Report of the Bombay Plague Committee
Disease focus: Plague
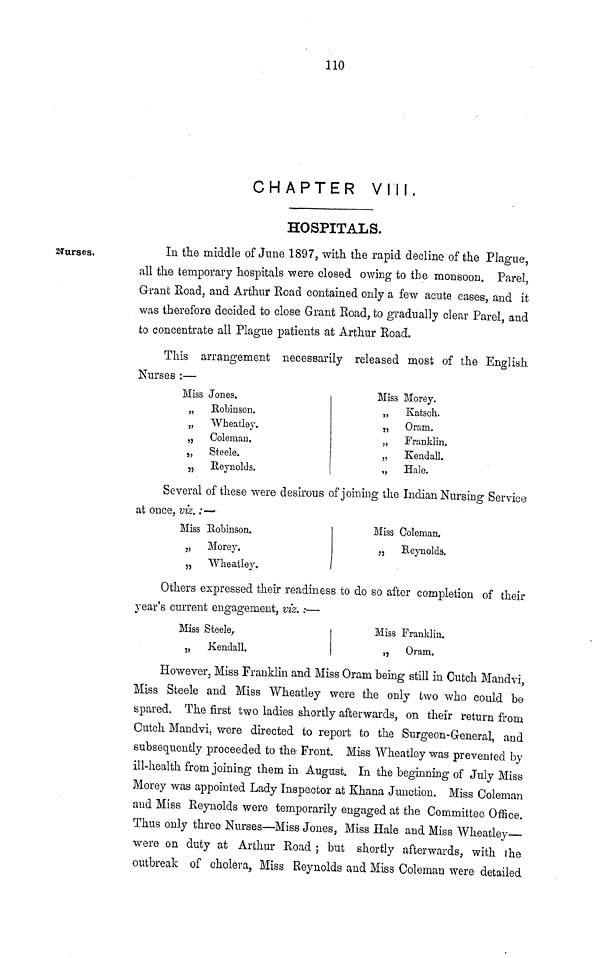
110
CHAPTER VIII.
HOSPITALS.
Nurses.
In the middle of June 1897, with the rapid decline of the Plague,
all the temporary hospitals were closed owing to the monsoon. Parel,
Grant Road, and Arthur Road contained only a few acute cases, and it
was therefore decided to close Grant Road, to gradually clear Parel, and
to concentrate all Plague patients at Arthur Road.
This arrangement necessarily released most of the English
Nurses :—
Miss Jones.
„
Robinson.
„
Wheatley.
„
Coleman.
„
Steele.
„
Reynolds.
Miss Morey.
„
Katsch.
„
Oram.
„
Franklin.
„
Kendall.
„
Hale.
Several of these were desirous of joining the Indian Nursing Service
at once, viz. :—
Miss Robinson,
„
Morey.
„
Wheatley.
Miss Coleman.
„
Reynolds.
Others expressed their readiness to do so after completion of their
year's current engagement, viz. :—
Miss Steele,
3,
Kendall.
Miss Franklin.
„
Oram.
However, Miss Franklin and Miss Oram being still in Cutch Mandvi,
Miss Steele and Miss "Wheatley were the only two who could be
spared. The first two ladies shortly afterwards, on their return from
Cutch Mandvi, were directed to report to the Surgeon-General, and
subsequently proceeded to the Front. Miss Wheatley was prevented by
ill-health from joining them in August. In the beginning of July Miss
Morey was appointed Lady Inspector at Khana Junction. Miss Coleman
and Miss Reynolds were temporarily engaged at the Committee Office.
Thus only three Nurses—Miss Jones, Miss Hale and Miss Wheatley—
were on duty at Arthur Road ; but shortly afterwards, with the
outbreak of cholera, Miss Reynolds and Miss Coleman were detailed